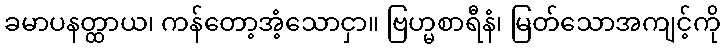
ခမာပနတ္ထာယ၊ ကန်တော့အံ့သောငှာ။ ဗြဟ္မစာရီနံ၊ မြတ်သောအကျင့်ကို